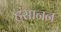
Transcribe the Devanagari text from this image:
हंसानन